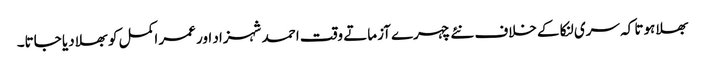
بھلا ہوتا کہ سری لنکا کے خلاف نئے چہرے آزماتے وقت احمد شہزاد اور عمر اکمل کو بھلا دیا جاتا۔